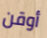
أوقن